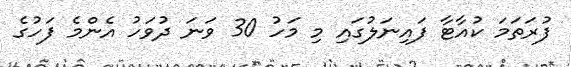
ފުރަތަމަ ކުއާޓާ ފައިނަލުގައި މި މަހު 30 ވަނަ ދުވަހު އެންމެ ފަހުގެ